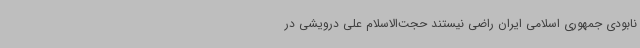
نابودی جمهوری اسلامی ایران راضی نیستند حجت‌الاسلام علی درویشی در